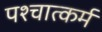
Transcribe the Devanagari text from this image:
पश्चात्कर्म